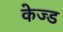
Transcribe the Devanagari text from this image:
केज्ड